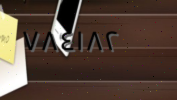
٧٨٤١٨٢